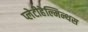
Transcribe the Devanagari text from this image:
प्लेटीहेल्मिन्थस